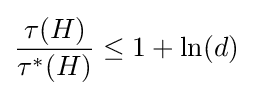
{\frac {\tau (H)}{\tau ^{*}(H)}}\leq 1+\ln(d)